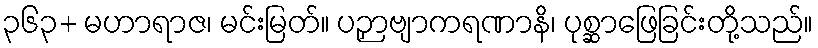
၃၆၃+ မဟာရာဇ၊ မင်းမြတ်။ ပဉှာဗျာကရဏာနိ၊ ပုစ္ဆာဖြေခြင်းတို့သည်။